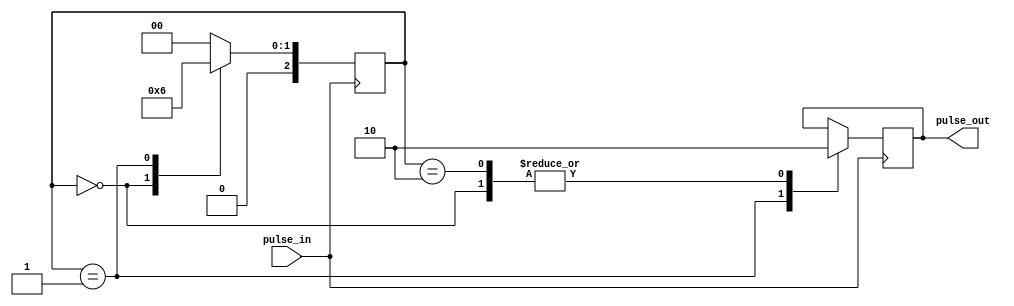
module PulseSynchronizer (
    input pulse_in,
    output reg pulse_out
);

reg [2:0] state;

always @ (posedge pulse_in) begin
    case (state)
        0: state <= 1;
        1: state <= 2;
        2: state <= 0;
        default: state <= 0;
    endcase
end

always @ (posedge pulse_in) begin
    case (state)
        0: pulse_out <= 0;
        1: pulse_out <= 1;
        2: pulse_out <= 0;
    endcase
end

endmodule